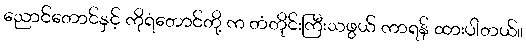
ညောင်တောင်နှင့် ကိုရံတောင်တို့ က တံတိုင်းကြီးသဖွယ် ကာရန် ထားပါတယ်။